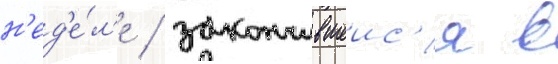
н'ед'е́л'е / закончившеис'я в